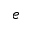
e